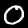
Digit: 0